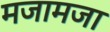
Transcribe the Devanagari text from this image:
मजामजा